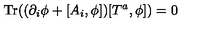
\mathrm { T r } ( ( \partial _ { i } \phi + [ A _ { i } , \phi ] ) [ T ^ { a } , \phi ] ) = 0